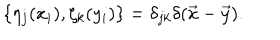
\{ \eta _ { j } ( x _ { i } ) , \zeta _ { k } ( y _ { i } ) \} = \delta _ { j k } \delta ( \vec { x } - \vec { y } ) .